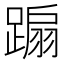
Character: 𨃩